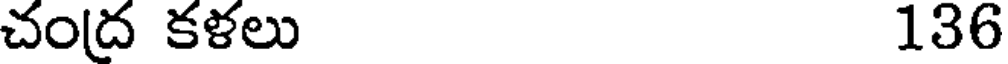
చంద్ర కళలు 136